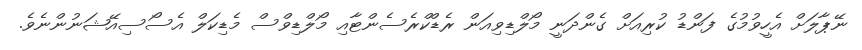
ނޭޕާލަށް އެހީވުމުގެ ފަންޑު ކުރިއަށް ގެންދަނީ މޯލްޑިވިއަން ރެޑްކްރެސެންޓާއި މޯލްޑިވްސް މެޑިކަލް އެސޯސިއޭޝަނުންނެވެ.